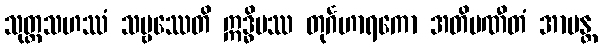
သုတ္တသဟဿံ သဗ္ဗဿေတိ ဣဒ္ဓိမဿ တုင်္ဂဟာရကော အတိပဏီတံ အာမန္တ